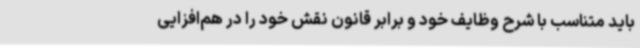
باید متناسب با شرح وظایف خود و برابر قانون نقش خود را در هم‌افزایی